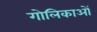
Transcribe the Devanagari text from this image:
गोलिकाओं